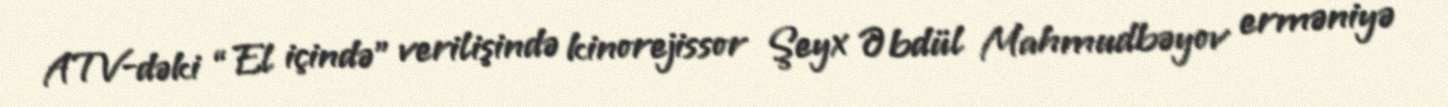
ATV-dəki “El içində” verilişində kinorejissor Şeyx Əbdül Mahmudbəyov erməniyə